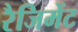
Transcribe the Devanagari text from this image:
रैजिमेंट